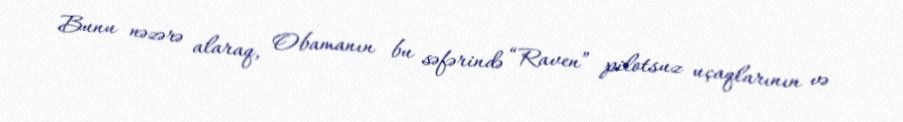
Bunu nəzərə alaraq, Obamanın bu səfərində “Raven” pilotsuz uçaqlarının və